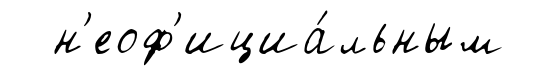
н'еоф'ициа́льным